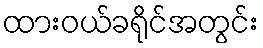
ထားဝယ်ခရိုင်အတွင်း